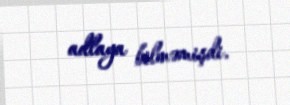
adlaya bilməmişdi.